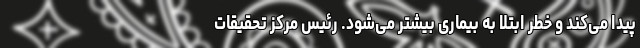
پیدا می‌کند و خطر ابتلا به بیماری بیشتر می‌شود. رئیس مرکز تحقیقات